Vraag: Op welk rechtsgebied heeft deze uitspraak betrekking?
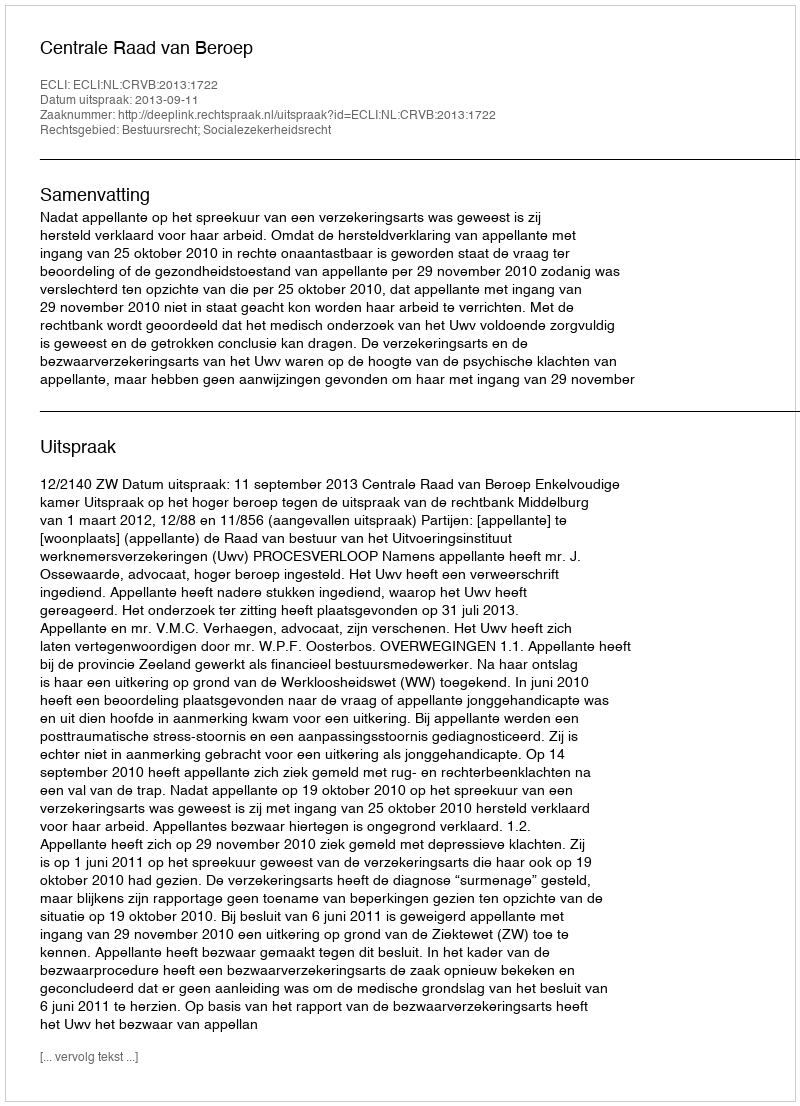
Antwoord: Bestuursrecht; Socialezekerheidsrecht